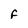
Character: F